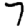
Digit: 7